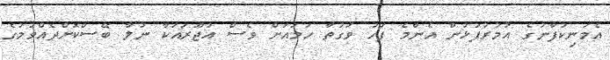
އެމަނިކުފާނުގެ އުމުރުފުޅުން އެންމެ ފަހު ވަގުތާ ހަމައަށް ވެސް އުޖޫރައަކާ ނުލާ ބޭސްކޮށްދެއްވުމުގެ